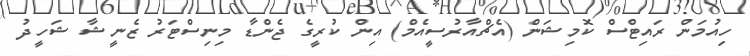
ހިއުމަން ރައިޓްސް ކޮމިޝަން (އެޗްއާރުސީއެމް) އިން ކުރީގެ ޖެންޑާ މިނިސްޓަރު ޒެނީޝާ ޝަހީދު